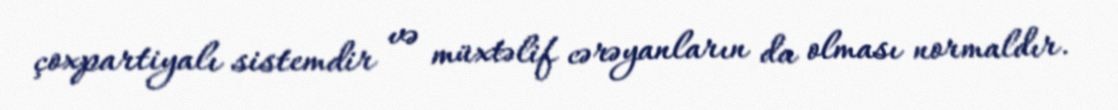
çoxpartiyalı sistemdir və müxtəlif cərəyanların da olması normaldır.